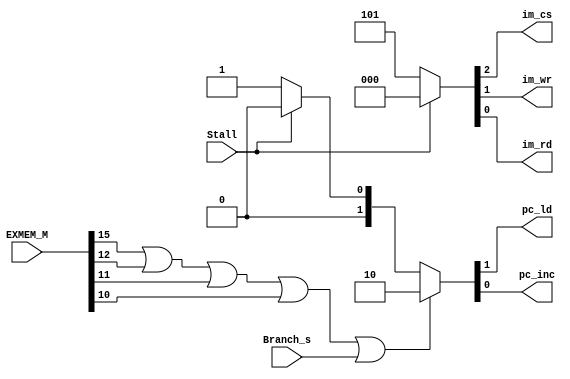
`timescale 1ns / 1ps
//////////////////////////////////////////////////////////////////////////////////
// Company: 
// Engineer: 
// 
// Design Name: 
// Module Name:    PC_CU 
// Project Name: 
// Target Devices: 
// Tool versions: 
// Description: 
//
// Dependencies: 
//
// Revision: 
// Revision 0.01 - File Created
// Additional Comments: 
//
//////////////////////////////////////////////////////////////////////////////////
module PC_CU(EXMEM_M,Branch_s,Stall,
				  pc_ld, pc_inc, im_cs, im_wr, im_rd);
//----------------------------------------------------------------------------------//
	input [15:0] EXMEM_M; // memory control word
	input 		 Branch_s; // branch signal
	input			 Stall;
	
	output pc_ld,pc_inc; // load,increment
	output im_cs,im_wr,im_rd;// chip select, write, read
	
	////////////////////////////////////////////////////////////////////////
	// The pc load and increment signals are determined by 3 cases:
	// if entering/leaving the ISR or jumping or branching : load the new PC
	// if there is a stall signal neither load or increment
	// otherwise continuasly increment the PC
	////////////////////////////////////////////////////////////////////////
	assign {pc_ld,pc_inc} =(EXMEM_M[15]|EXMEM_M[12]| EXMEM_M[11] | 
														EXMEM_M[10] | Branch_s)? 2'b10:
																			 (Stall)? 2'b00:
																						 2'b01;
	
	// When ever there is a stall stop reading from the instruction memory
	// otherwise continuasly read.
	assign {im_cs,im_wr,im_rd} = (Stall)? 3'b0: 3'b101;
	
	

endmodule